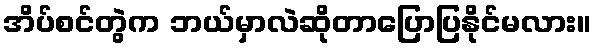
အိပ်စင်တွဲက ဘယ်မှာလဲဆိုတာပြောပြနိုင်မလား။